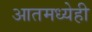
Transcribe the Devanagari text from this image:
आतमध्येही